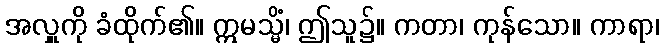
အလှူကို ခံထိုက်၏။ ဣမသ္မိံ၊ ဤသူ၌။ ကတာ၊ ကုန်သော။ ကာရာ၊